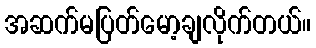
အဆက်မပြတ်မော့ချလိုက်တယ်။